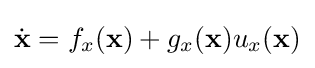
{\dot {\mathbf {x} }}=f_{x}(\mathbf {x} )+g_{x}(\mathbf {x} )u_{x}(\mathbf {x} )